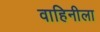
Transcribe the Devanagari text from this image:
वाहिनीला